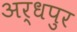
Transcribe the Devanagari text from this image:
अर्धपुर